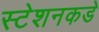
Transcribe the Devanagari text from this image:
स्टेशनकडे